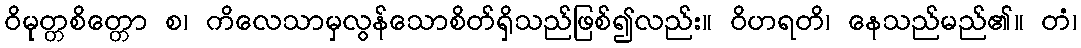
ဝိမုတ္တစိတ္တော စ၊ ကိလေသာမှလွန်သောစိတ်ရှိသည်ဖြစ်၍လည်း။ ဝိဟရတိ၊ နေသည်မည်၏။ တံ၊